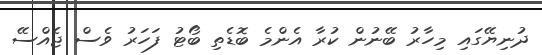
ދުނިޔޭގައި މިހާރު ބޭނުން ކުރާ އެންމެ ބޮޑެތި ބޯޓު ފަހަރު ވެސް ޖެއްސޭ